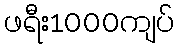
ဖရီး1000ကျပ်